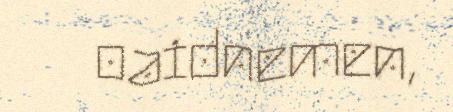
oaidnemen,